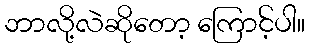
ဘာလို့လဲဆိုတော့ ကြောင့်ပါ။